Report of the Municipal Commissioner on the plague in Bombay for the year ending 31st May... - Volume 1
Disease focus: Plague
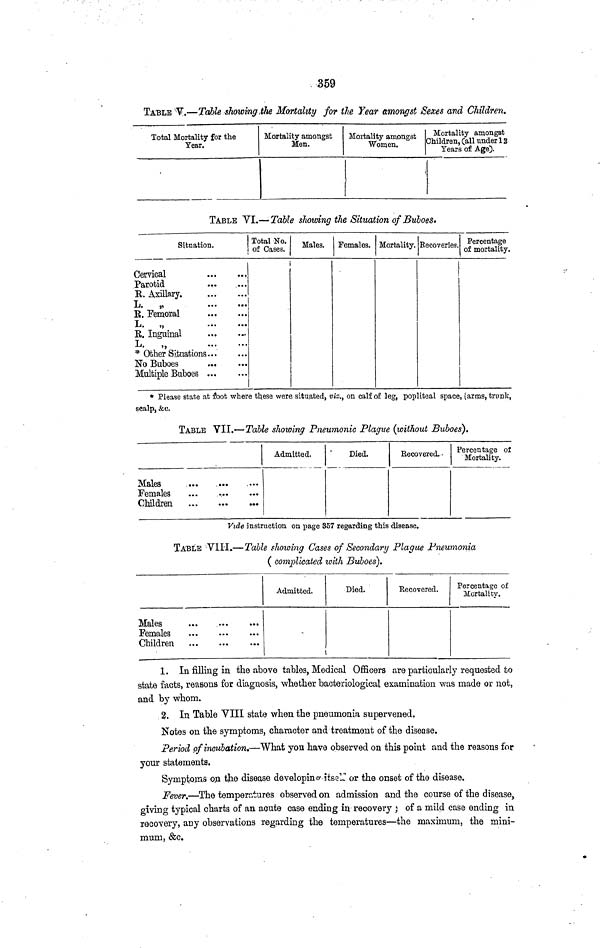
359
TABLE V.—Table showing the Mortality for the Year amongst Sexes and Children.
Total Mortality for the
Year.
Mortality amongst
Men.
Mortality amongst
Women.
Mortality amongst
Children, Call under 1 2
Years of Age).
TABLE VI.— Table showing the Situation of Buboes*
Situation.
Cervical
Parotid
K. Axillary.
L.
„
R. Femoral
L. „
Total No.
of Gases.
Males.
i
R. Inguinal
..
)
L.
„
* Other Situations ..
No Buboes
Multiple Buboes ..
Females. Mortality. Recoveries. Percentage
of mortality.
* Please state at root where these were situated, vis., on calf of leg, pophteal space, (arms, trunk,
scalp, &c.
TABLE VII.—Table showing Pneumonic Plague (without Buboes).
Admitted.
Died.
Eecovered.
Pe Moy. °£
Males
Females
...
Children
i
Vide instruction on page 357 regarding this disease.
TABLE VIII.—Table fhowing Cases of Secondary Plague Pneumonia
( complicated with Buboes).
Males
Females
Children
Admitted.
Died.
l
Eecovered.
Percentage of
Mortality.
1. In filling in the above tables, Medical Officers are particularly requested to
state facts, reasons for diagnosis, whether bacteriological examination was made or not,
and by whom.
2. In Table VIII state when the pneumonia supervened.
Notes on the symptoms, character and treatment of the disease.
Period of incubation.—What you have observed on this point and the reasons for
your statements.
Symptoms on the disease developing itself or the onset of the disease.
Fever.—The temperatures observed on admission and the course of the disease,
giving typical charts of an acute case ending in recovery ; of a mild case ending in
recovery, any observations regarding the temperatures—the maximum, the mini-
munij &c.